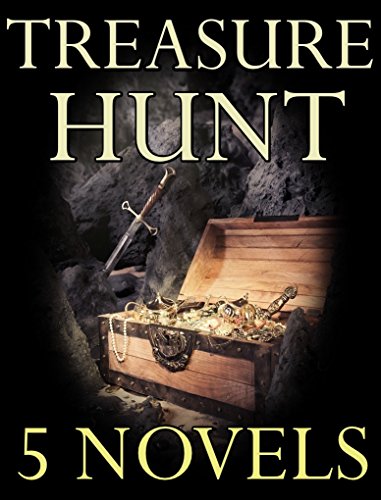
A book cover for "Treasure Hunt" Historical Adventure Novels: Anthology; G.A. Henty; Teen & Young Adult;